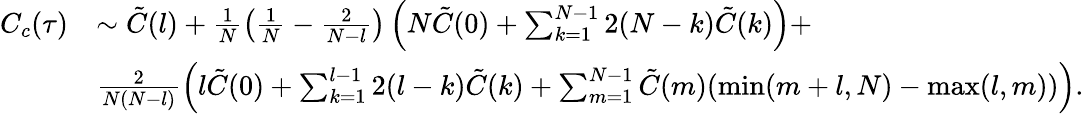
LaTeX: \begin{array}{rl}{C_{c}(\tau)}&{\sim\tilde{C}(l)+\frac{1}{N}\left(\frac{1}{N}-\frac{2}{N-l}\right)\left(N\tilde{C}(0)+\sum_{k=1}^{N-1}2(N-k)\tilde{C}(k)\right)+}\\ &{\frac{2}{N(N-l)}\left(l\tilde{C}(0)+\sum_{k=1}^{l-1}2(l-k)\tilde{C}(k)+\sum_{m=1}^{N-1}\tilde{C}(m)(\operatorname*{min}(m+l,N)-\operatorname*{max}(l,m))\right).}\end{array}